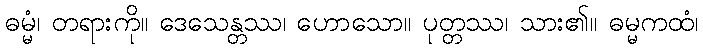
ဓမ္မံ၊ တရားကို။ ဒေသေန္တဿ၊ ဟောသော။ ပုတ္တဿ၊ သား၏။ ဓမ္မကထံ၊